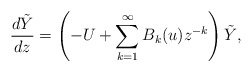
\begin{align*} \frac{d\tilde{Y}}{dz}=\left(-U+\sum_{k=1}^{\infty}B_{k}(u)z^{-k}\right)\tilde{Y}, \end{align*}